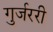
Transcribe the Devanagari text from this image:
गुर्जररी